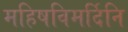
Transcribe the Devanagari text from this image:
महिषविमर्दिनि